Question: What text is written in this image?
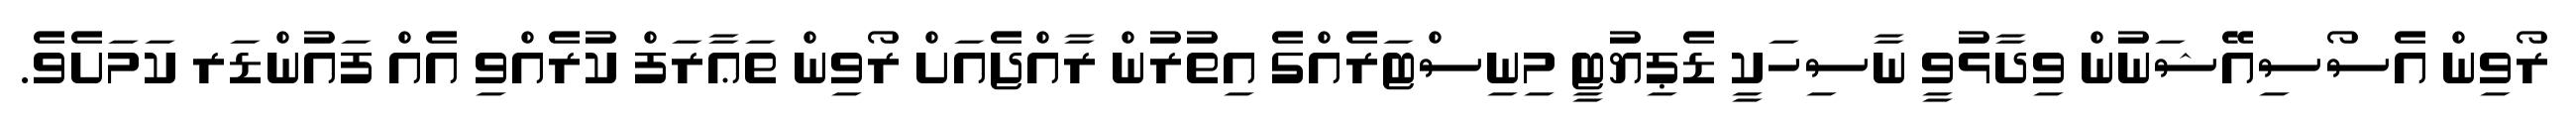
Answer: ރޯވިން އެސޯސިއޭޝަނުން ވިދާޅުވީ ނާސިހަކީ ޑެޕިޔުޓީ މިނިސްޓަރެއްގެ އިތުރުން ރާއްޖެއަށް ރޯވިން ތަޢާރަފް ކުރެއްވި އެއް ފައުންޑަރ ކަމަށެވެ.